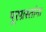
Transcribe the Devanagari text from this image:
पूरग्रस्‍तांना